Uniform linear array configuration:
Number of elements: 64
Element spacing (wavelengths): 0.25
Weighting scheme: hamming
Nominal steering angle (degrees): -30
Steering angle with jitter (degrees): -30.676
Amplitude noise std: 0.05
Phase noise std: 0.05

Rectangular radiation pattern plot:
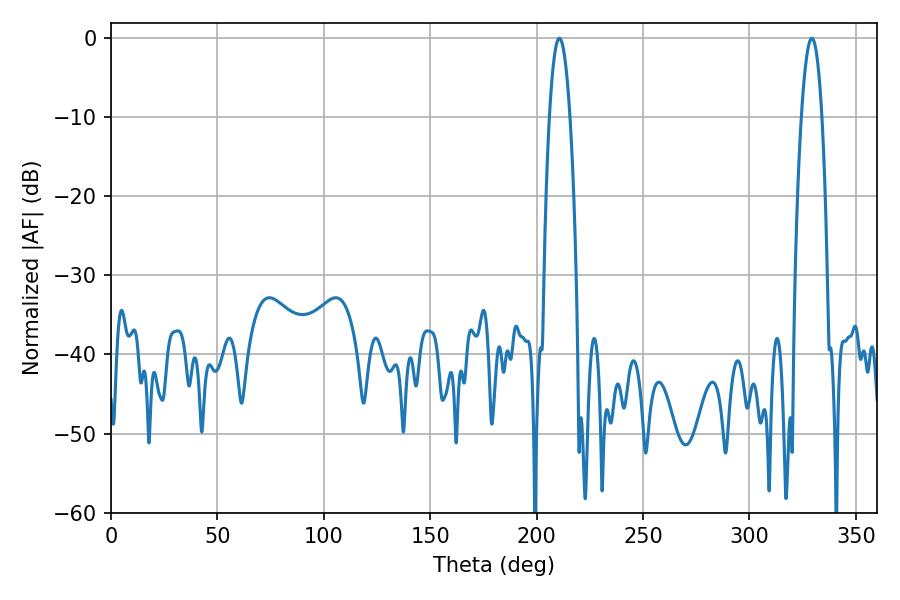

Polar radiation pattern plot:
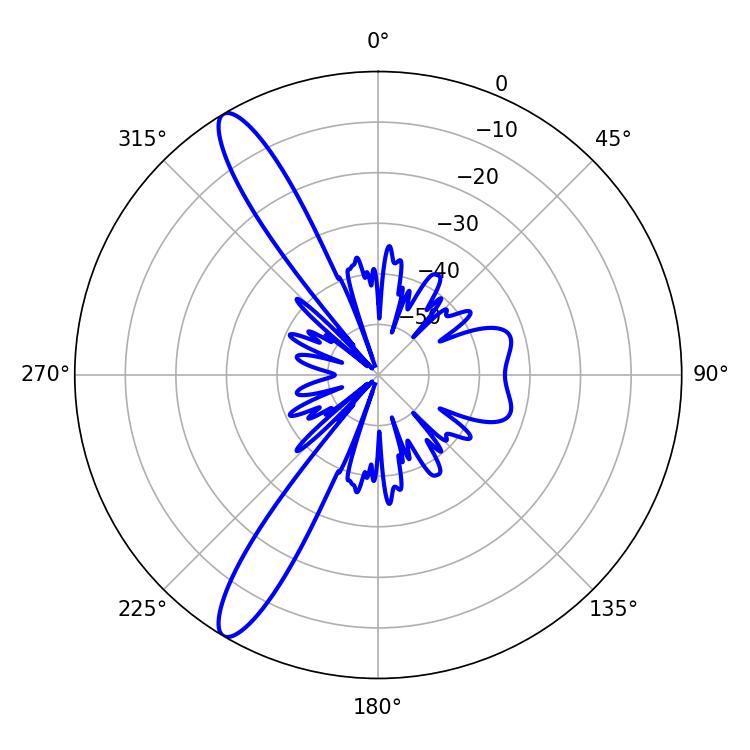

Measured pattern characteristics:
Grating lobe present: FALSE
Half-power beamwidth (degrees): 5.22
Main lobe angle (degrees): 210.6